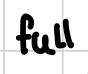
Text: full
Cross-out: clean
Writing tool: digital_black